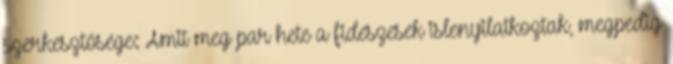
szerkesztősége: Amit meg par hete a fideszesek islenyilatkoztak, megpedig